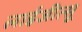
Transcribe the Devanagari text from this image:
लाईजीत्सू